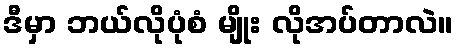
ဒီမှာ ဘယ်လိုပုံစံ မျိုး လိုအပ်တာလဲ။